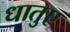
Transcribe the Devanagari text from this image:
धातुए